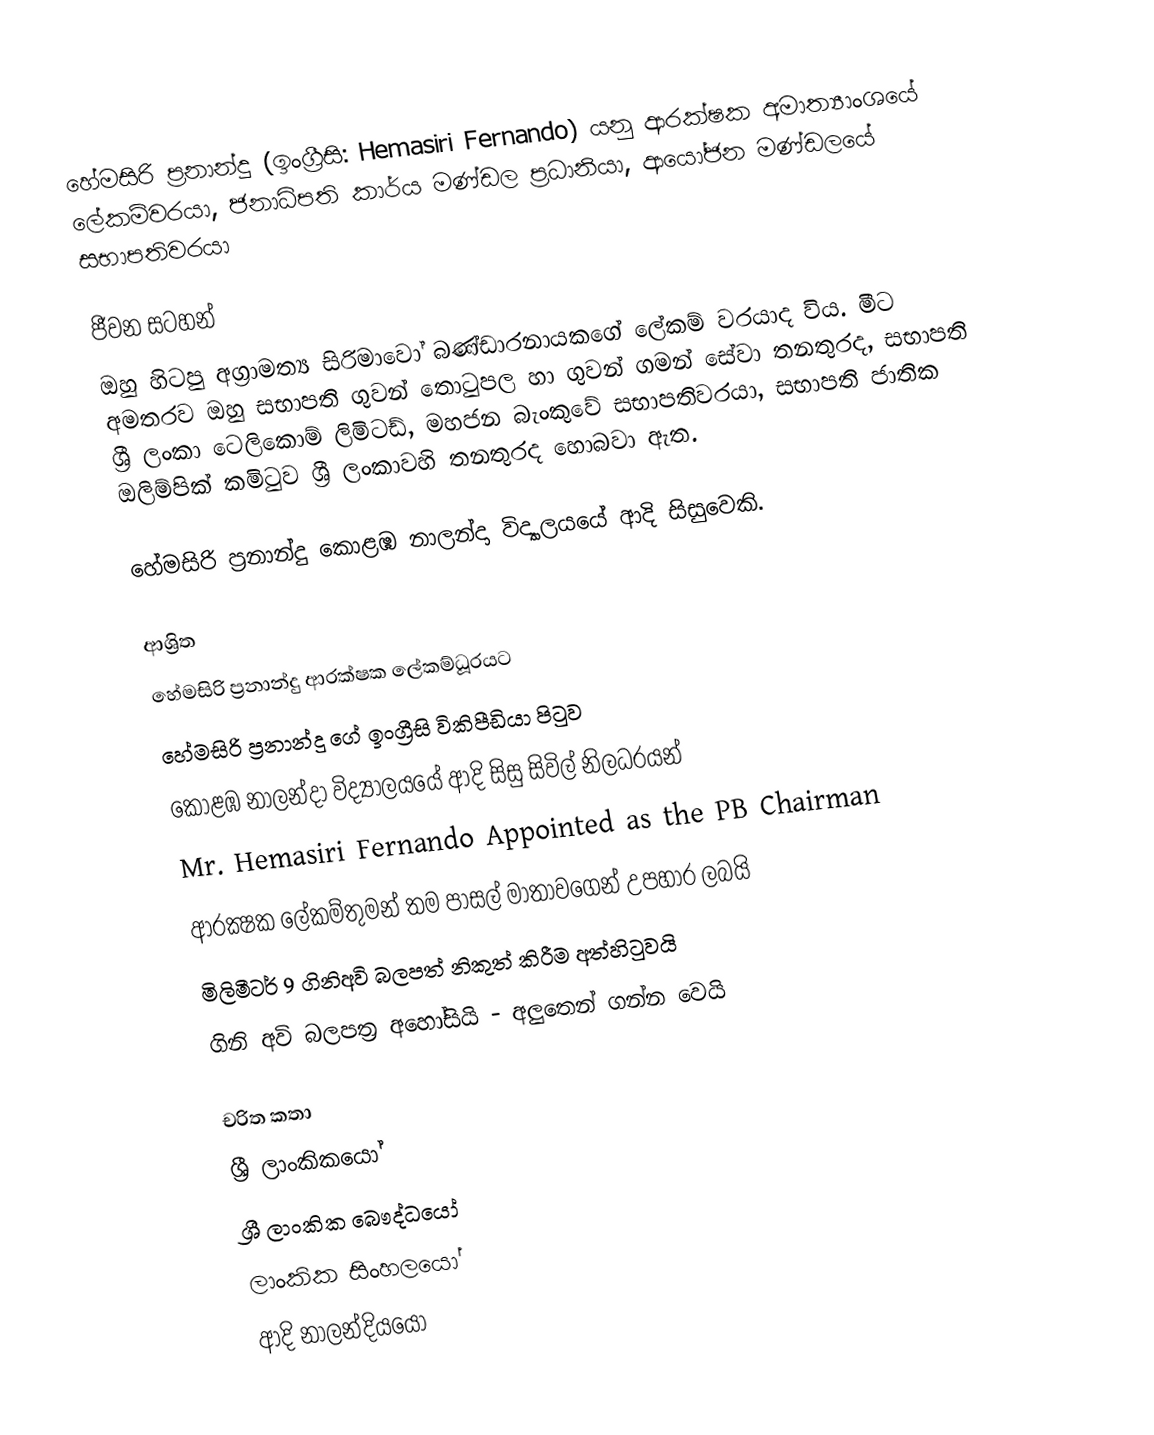
හේමසිරි ප්‍රනාන්දු (ඉංග්‍රීසි: Hemasiri Fernando) යනු ආරක්ෂක අමාත්‍යාංශයේ ලේකම්වරයා, ජනාධිපති කාර්ය මණ්ඩල ප්‍රධානියා, ආයෝජන මණ්ඩලයේ සභාපතිවරයා

ජීවන සටහන්
ඔහු හිටපු අග‍්‍රාමත්‍ය සිරිමාවෝ බණ්ඩාරනායකගේ ලේකම් වරයාද විය. මීට අමතරව ඔහු සභාපති ගුවන් තොටුපල හා ගුවන් ගමන් සේවා තනතුරද, සභාපති ශ්‍රී ලංකා ටෙලිකොම් ලිමිටඩ්, මහජන බැංකුවේ සභාපතිවරයා, සභාපති ජාතික ඔලිම්පික් කමිටුව ශ්‍රී ලංකාවහි තනතුරද හොබවා ඇත.

හේමසිරි ප්‍රනාන්දු කොළඹ නාලන්දා විද්‍යාලයයේ ආදි සිසුවෙකි.

ආශ්‍රිත
 හේමසිරි ප්‍රනාන්දු ආරක්ෂක ලේකම්ධූරයට
 හේමසිරි ප්‍රනාන්දු  ගේ ඉංග්‍රීසි විකිපීඩියා පිටුව
 කොළඹ නාලන්දා විද්‍යාලයයේ ආදි සිසු සිවිල් නිලධරයන්
 Mr. Hemasiri Fernando Appointed as the PB Chairman
 ආරක්‍ෂක ලේකම්තුමන් තම පාසල් මාතාවගෙන් උපහාර ලබයි
 මිලිමීටර් 9 ගිනිඅවි බලපත් නිකුත් කිරීම අත්හිටුවයි
 ගිනි අවි බලපත්‍ර අහෝසියි - අලුතෙන් ගන්න වෙයි

චරිත කතා
ශ්‍රී ලාංකිකයෝ
ශ්‍රී ලාංකික බෞද්ධයෝ
ලාංකික සිංහලයෝ
ආදි නාලන්දියයෝ